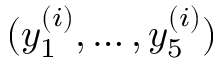
( y _ { 1 } ^ { ( i ) } , \dots , y _ { 5 } ^ { ( i ) } )